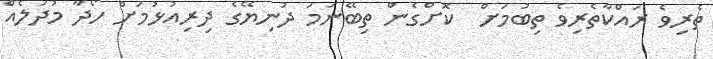
ތެރިވެ ރައްކާތެރިވެ ތިބުމަށް  ކޮށްގެން ތިބޭނަމަ ދުނިޔޭގެ ދިރިއުޅުމަށް ހޯދާ މުދަލެއް